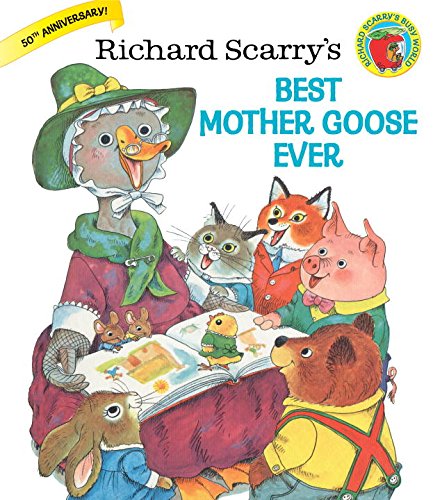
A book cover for Richard Scarry's Best Mother Goose Ever (Giant Little Golden Book); Children's Books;